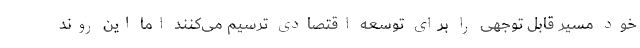
خود مسیر قابل توجهی را برای توسعه اقتصادی ترسیم می‌کنند اما این روند